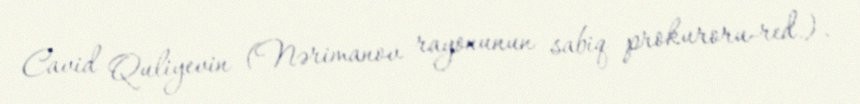
Cavid Quliyevin (Nərimanov rayonunun sabiq prokuroru-red.).